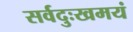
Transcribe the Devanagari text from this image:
सर्वदुःखमयं